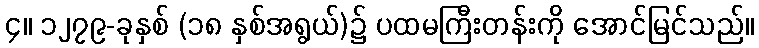
၄။ ၁၂၇၉-ခုနှစ် (၁၈ နှစ်အရွယ်)၌ ပထမကြီးတန်းကို အောင်မြင်သည်။